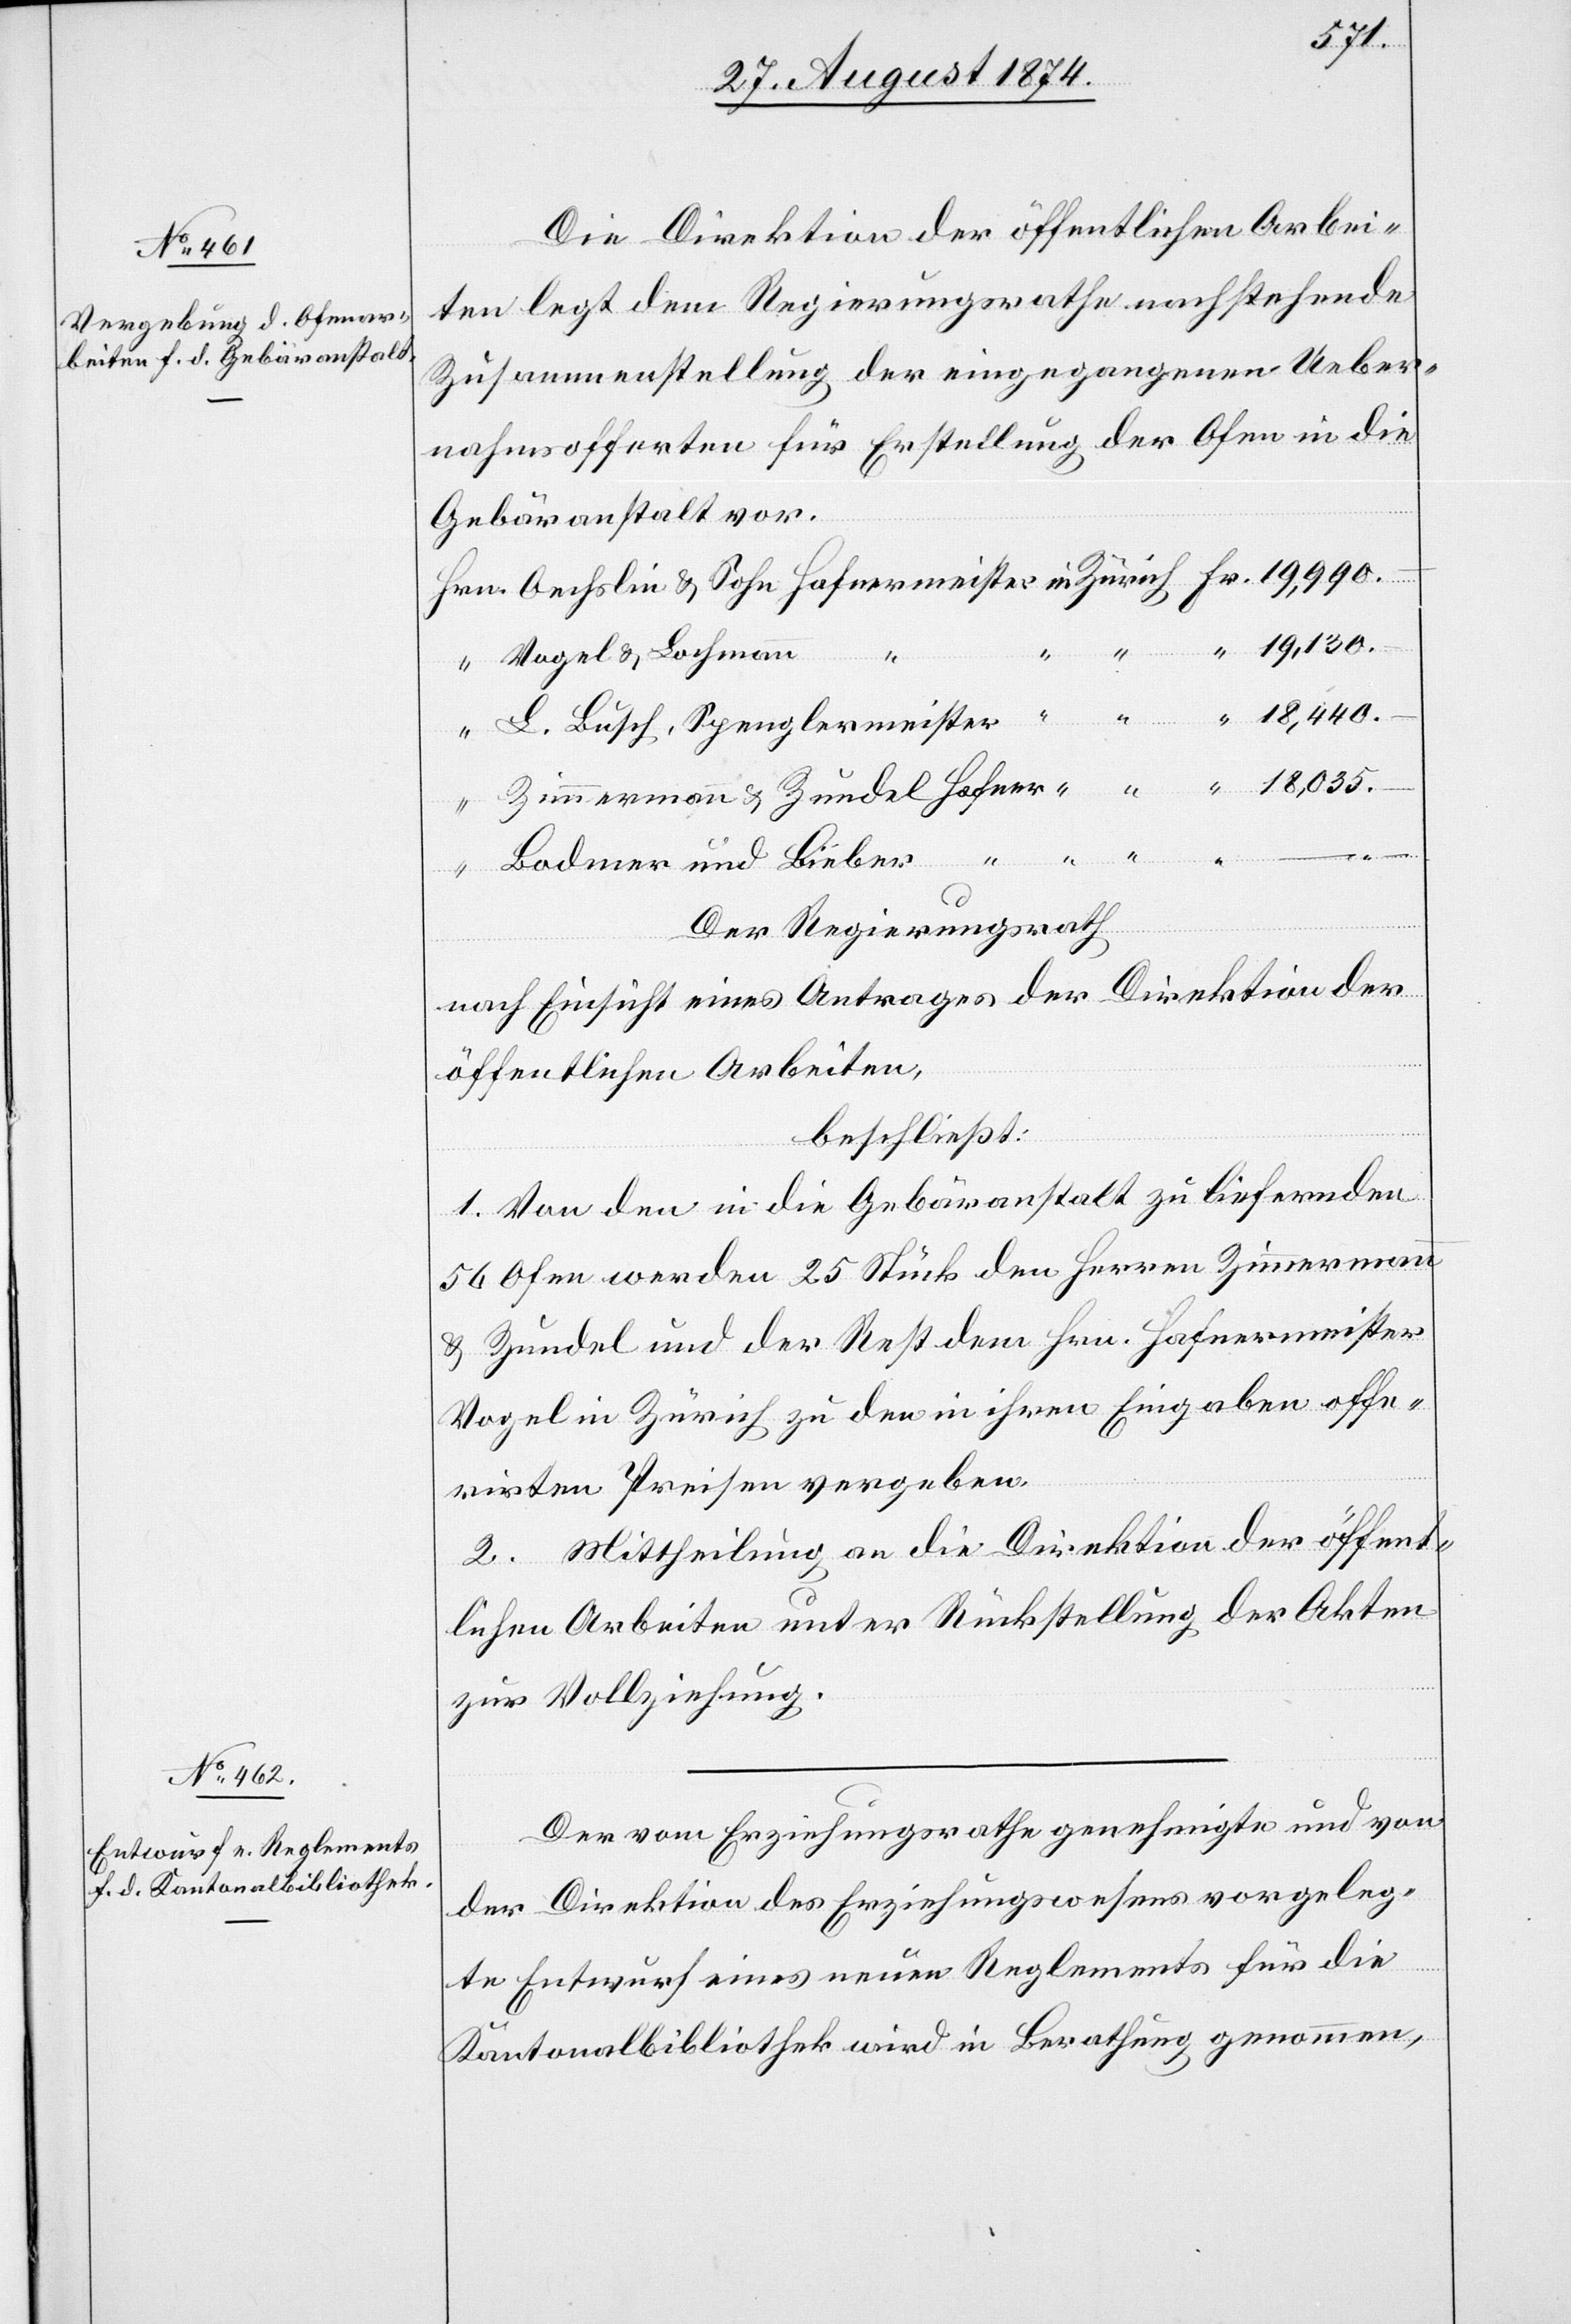
L.
Die Direktion der öffentlichen Arbei¬
ten legt dem Regierungsrathe nachstehende
Zusammenstellung der eingegangenen Ueber¬
nahmsofferten für Erstellung der Ofen in die
Gebäranstalt vor.
19,130.
Vogel u. Lochmann
Hrn.
Bodmer und Bieber
Der Regierungsrath
nach Einsicht eines Antrages der Direktion der
öffentlichen Arbeiten,
beschließt:
1. Von den in die Gebäranstalt zu liefernden
56 Ofen werden 25 Stück den Herren Zimmermann
u. Zundel und der Rest dem Hrn. Hafnermeister
Vogel in Zürich zu den in ihren Eingaben offe¬
rirten Preisen vergeben.
2. Mittheilung an die Direktion der öffent¬
lichen Arbeiten unter Rückstellung der Akten
zur Vollziehung.
Der vom Erziehungsrathe genehmigte und von
der Direktion des Erziehungswesens vorgeleg¬
–
te Entwurf eines neuen Reglements für die
Kantonalbibliothek wird in Berathung genommen,